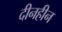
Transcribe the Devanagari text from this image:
दीनहीन